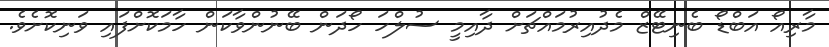
މާރިއޯ އަބްޑޯ ބެނިޓޭޒް މެދުއިރުމައްޗަށް ދާއިމީ ސުލްހަ ހޯދަން ބޭނުންވާކަން ހާމަކޮށްފައި ވަނިކޮށެވެ.